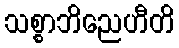
သစ္စာဘိညေဟီတိ